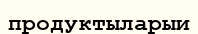
продуктыларыи